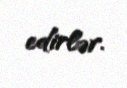
edirlər.